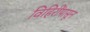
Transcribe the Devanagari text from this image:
विहिरींपासून